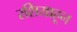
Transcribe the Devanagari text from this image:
रशियाहून